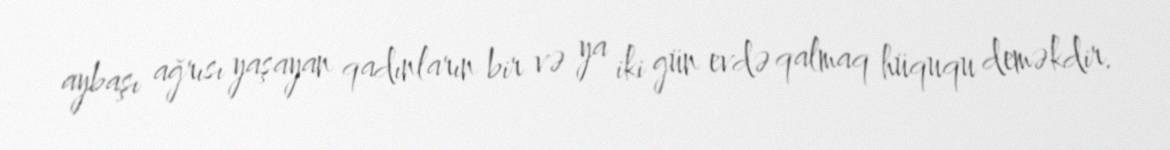
aybaşı ağrısı yaşayan qadınların bir və ya iki gün evdə qalmaq hüququ deməkdir.